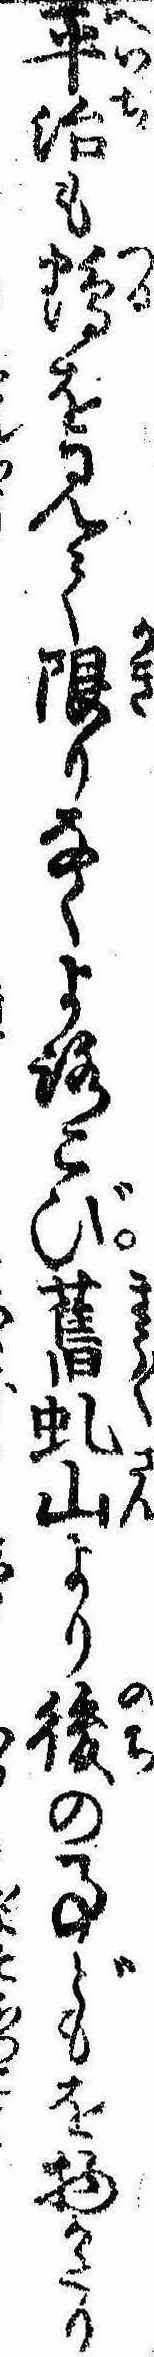
平治も鶴を見て限りなくよろこび旧虬山より後の事どもを物かたり